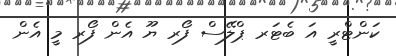
ކަންޓްރީ އަ ބެޓަރ ޕްލޭސް ފޯރ ޔޫ އެން ފޯރ މީ އެން